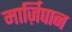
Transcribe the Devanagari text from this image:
मार्ज़िपान